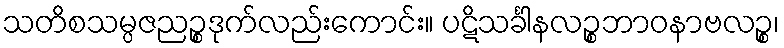
သတိစသမ္ပဇညဉ္စဒုက်လည်းကောင်း။ ပဋိသင်္ခါနလဉ္စဘာဝနာဗလဉ္စ၊